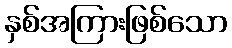
နှစ်အကြားဖြစ်သော